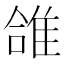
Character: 䧻